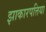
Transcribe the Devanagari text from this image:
झाकारपत्तिया